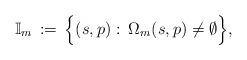
LaTeX: \begin{align*}\mathbb I_m \,:=\, \Bigl\{(s,p)\,\colon\, \Omega_m(s,p)\neq\emptyset\Bigr\},\end{align*}